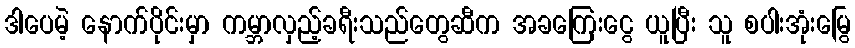
ဒါပေမဲ့ နောက်ပိုင်းမှာ ကမ္ဘာလှည့်ခရီးသည်တွေဆီက အခကြေးငွေ ယူပြီး သူ စပါးအုံးမြွေ